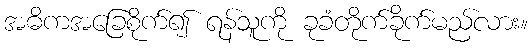
အဓိကအခြေစိုက်၍ ရန်သူကို ခုခံတိုက်ခိုက်မည်လား။